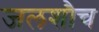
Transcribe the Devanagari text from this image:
जलशौच